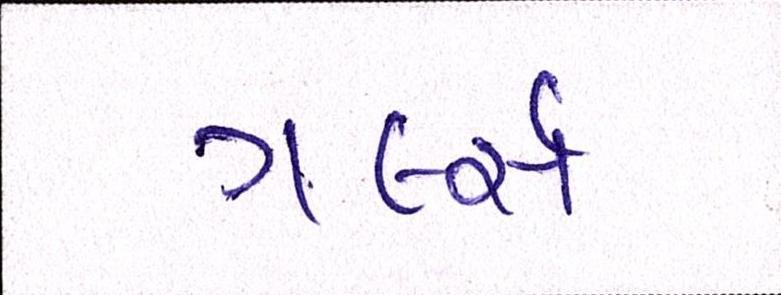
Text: ગર્લ્સ